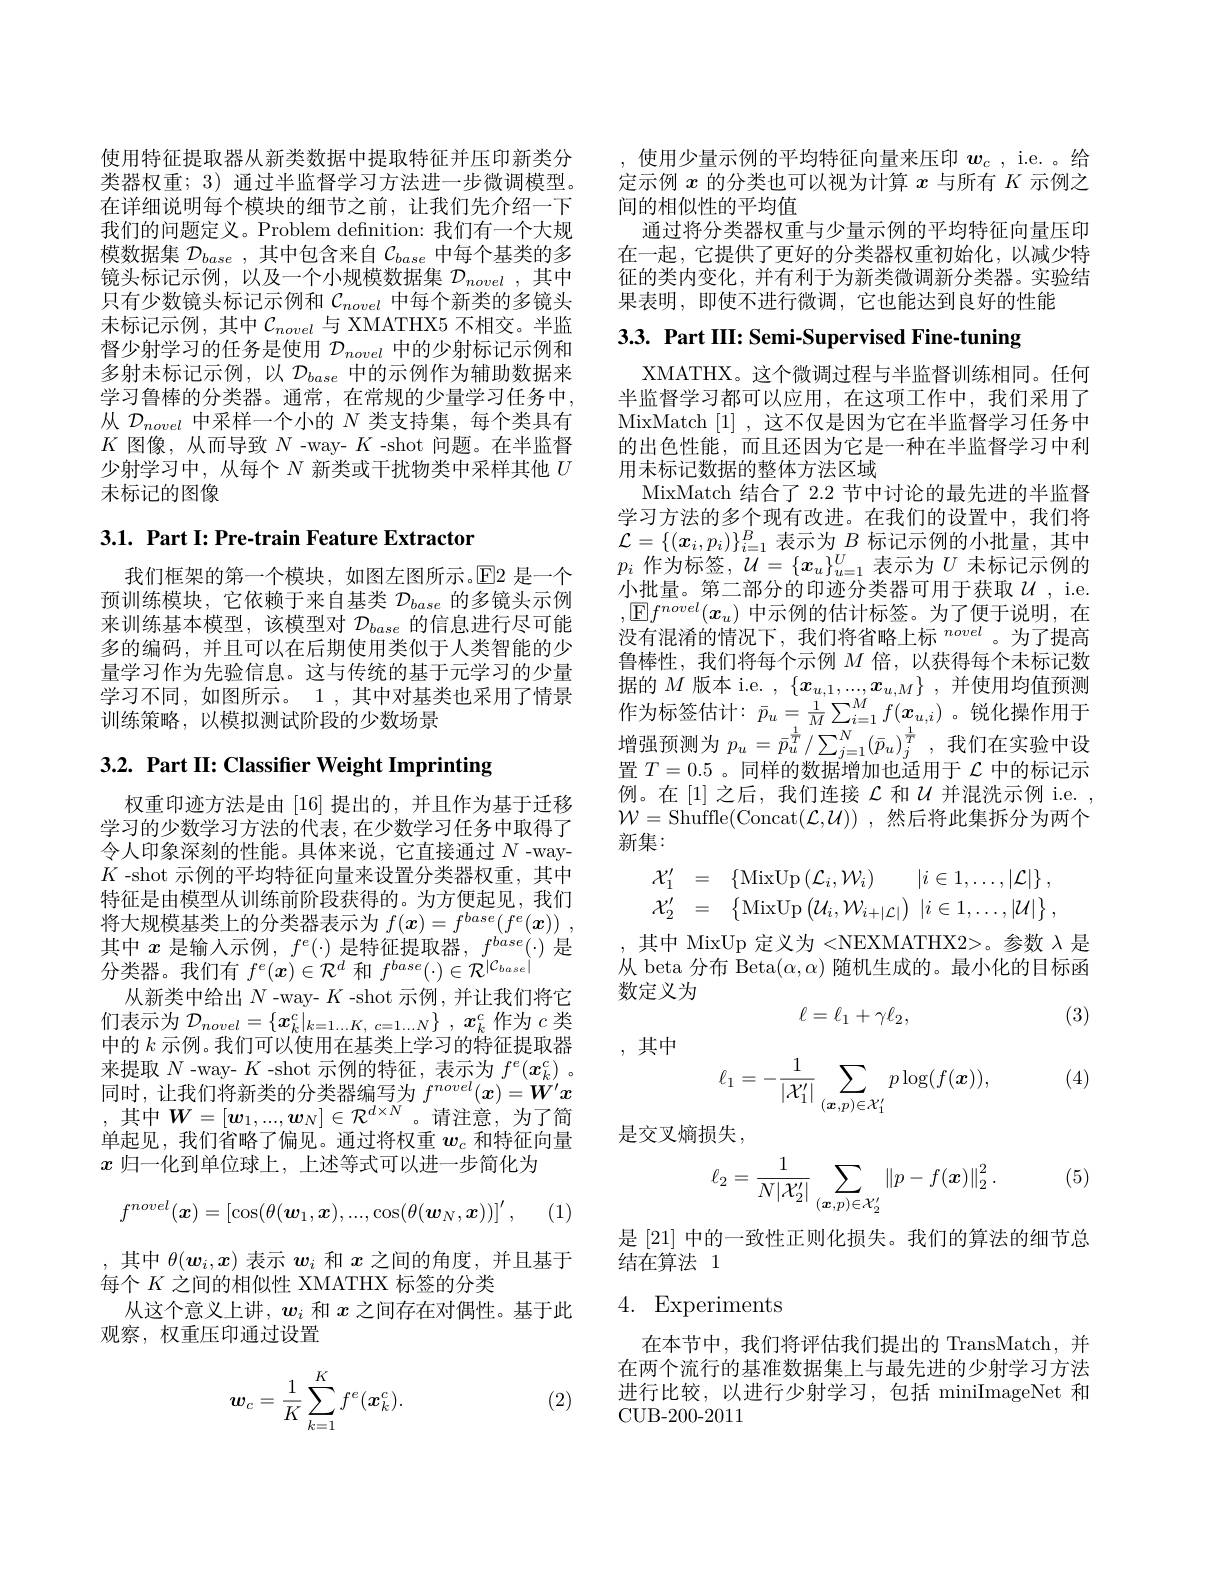
使用特征提取器从新类数据中提取特征并压印新类分类器权重；3) 通过半监督学习方法进一步微调模型。在详细说明每个模块的细节之前，让我们先介绍一下我们的问题定义。Problem defnition: 我们有一个大规模数据集$\mathcal{D} _base$ ,其中包含来自$\mathcal{C}_base$中每个基类的多镜头标记示例，以及一个小规模数据集$\mathcal{D}_novel$ ,其中只有少数镜头标记示例和$\mathcal{C}_{novel}$中每个新类的多镜头未标记示例，其中$\mathcal{C}_novel$ 与 XMATHX5 不相交。半监督少射学习的任务是使用$\mathcal{D}_novel$中的少射标记示例和多射未标记示例，以$\mathcal{D}_base$中的示例作为辅助数据来学习鲁棒的分类器。通常，在常规的少量学习任务中， 从$\mathcal{D}_{novel}$中采样一个小的$N$类支持集，每个类具有$K$图像，从而导致$N$ -way- $K$ -shot 问题。在半监督少射学习中，从每个$N$新类或干扰物类中采样其他$U$ 未标记的图像

## 3.1. Part I: Pre-train Feature Extractor

我们框架的第一个模块，如图左图所示。$\operatorname{E}$2 是一个预训练模块，它依赖于来自基类$\mathcal{D}_{base}$的多镜头示例来训练基本模型，该模型对$\mathcal{D}_base$的信息进行尽可能多的编码，并且可以在后期使用类似于人类智能的少量学习作为先验信息。这与传统的基于元学习的少量学习不同，如图所示。1,其中对基类也采用了情景训练策略，以模拟测试阶段的少数场景

3.2. Part II: Classifier Weight Imprinting

权重印迹方法是由[16]提出的，并且作为基于迁移学习的少数学习方法的代表，在少数学习任务中取得了令人印象深刻的性能。具体来说，它直接通过$N$ -way- $K$ -shot 示例的平均特征向量来设置分类器权重，其中特征是由模型从训练前阶段获得的。为方便起见，我们将大规模基类上的分类器表示为$f( \boldsymbol{x}) = f^{base}( f^e( \boldsymbol{x}) )$ , 其中$x$是输入示例，$f^e(\cdot)$是特征提取器，$f^{base}(\cdot)$是分类器。我们有$f^e(\boldsymbol{x})\in\mathcal{R}^d$和$f^base(\cdot)\in\mathcal{R}^|\mathcal{C}_{base}|$
从新类中给出$N$ -way- $K$ -shot 示例，并让我们将它们表示为$\mathcal{D} _novel= \{ \boldsymbol{x}_k^c| _{k= 1\ldots K, \:c= 1\ldots N}\}$ , $\boldsymbol{x}_k^c$作为$c$类中的$k$示例。我们可以使用在基类上学习的特征提取器来提取$N$ -way- $K$ -shot 示例的特征，表示为$f^e(x_k^c)$ 。同时，让我们将新类的分类器编写为$f^{novel}(x)=\boldsymbol{W}^{\prime}x$ ,其中$W=[\boldsymbol w_1,...,\boldsymbol w_N]\in\mathcal{R}^{d\times N}$。请注意，为了简单起见，我们省略了偏见。通过将权重$w_c$和特征向量$x$归一化到单位球上，上述等式可以进一步简化为
$$f^{novel}(\boldsymbol{x})=\left[\cos(\theta(\boldsymbol{w}_1,\boldsymbol{x}),...,\cos(\theta(\boldsymbol{w}_N,\boldsymbol{x}))\right]^{'},$$
(1

,其中$\theta(\boldsymbol{w}_i,x)$表示$w_i$和$x$之间的角度，并且基于
每个$K$之间的相似性 XMATHX 标签的分类
从这个意义上讲，$\boldsymbol w_i$和$x$之间存在对偶性。基于此
观察，权重压印通过设置

(2)
$$w_c=\frac{1}{K}\sum_{k=1}^{K}f^e(\boldsymbol{x}_k^c).$$
,使用少量示例的平均特征向量来压印$w_c$,i.e.。给定示例$x$的分类也可以视为计算$x$与所有$K$示例之间的相似性的平均值
通过将分类器权重与少量示例的平均特征向量压印在一起，它提供了更好的分类器权重初始化，以减少特征的类内变化，并有利于为新类微调新分类器。实验结果表明，即使不进行微调，它也能达到良好的性能

3.3. Part III: Semi-Supervised Fine-tuning

XMATHX。这个微调过程与半监督训练相同。任何半监督学习都可以应用，在这项工作中，我们采用了MixMatch [1],这不仅是因为它在半监督学习任务中的出色性能，而且还因为它是一种在半监督学习中利用未标记数据的整体方法区域
MixMatch 结合了 2.2 节中讨论的最先进的半监督学习方法的多个现有改进。在我们的设置中，我们将$\mathcal{L}=\{(\boldsymbol{x}_i,p_i)\}_{i=1}^B$表示为$B$标记示例的小批量，其中$p_i$作为标签，$\mathcal{U}=\{\boldsymbol x_u\}_u=1^U$表示为$U$未标记示例的小批量。第二部分的印迹分类器可用于获取$\mathcal{U}$,i.e. $,\boxed{\mathbb{E}}f^{novel}(x_u)$中示例的估计标签。为了便于说明，在没有混淆的情况下，我们将省略上标$^{novel}$。为了提高鲁棒性，我们将每个示例$M$倍，以获得每个未标记数据的$M$版本 i.e. $, \{ x_u, 1, . . . , x_{u, M}\}$ ,并使用均值预测作为标签估计：$\bar{p}_u=\frac1M\sum_{i=1}^Mf(\boldsymbol{x}_{u,i})$。锐化操作用于增强预测为$p_u=\bar{p}_u^{\frac1T}/\sum_{j=1}^N(\bar{p}_u)_j^{\frac1T}$,我们在实验中设置$T=0.5$ 。同样的数据增加也适用于$\mathcal{L}$中的标记示例。在[1]之后，我们连接$\mathcal{L}$ 和$\mathcal{U}$ 并混洗示例 i.e. , $\mathcal{W}=$Shuffle(Concat$(\mathcal{L},\mathcal{U}))$ ,然后将此集拆分为两个新集：
$$\begin{array}{rcl}\mathcal{X}_1'&=&\{\mathrm{MixUp}\left(\mathcal{L}_i,\mathcal{W}_i\right)\quad|i\in1,\dots,|\mathcal{L}|\}\:,\\\mathcal{X}_2'&=&\{\mathrm{MixUp}\left(\mathcal{U}_i,\mathcal{W}_{i+|\mathcal{L}|}\right)\:|i\in1,\dots,|\mathcal{U}|\}\:,\end{array}$$
,其中 MixUp 定义为 <NEXMATHX2>。参数 $\lambda$ 是从 beta 分布 Beta$(\alpha,\alpha)$随机生成的。最小化的目标函数定义为
$$\ell=\ell_1+\gamma\ell_2,$$
(3)

,其中

(4)
$$\ell_1=-\frac{1}{|\mathcal{X}_1'|}\sum_{(\boldsymbol{x},p)\in\mathcal{X}_1'}p\log(f(\boldsymbol{x})),$$
是交叉熵损失，

(5)
$$\ell_2=\frac{1}{N|\mathcal{X}_2'|}\sum_{(\boldsymbol{x},p)\in\mathcal{X}_2'}\left\|p-f(\boldsymbol{x})\right\|_2^2.$$
是[21] 中的一致性正则化损失。我们的算法的细节总
结在算法 1

# 4. Experiments

在本节中，我们将评估我们提出的 TransMatch,并在两个流行的基准数据集上与最先进的少射学习方法进行比较，以进行少射学习，包括 miniImageNet 和CUB- 200- 2011